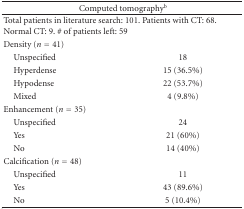
<table><thead><tr><td colspan="2"><b>Computed tomography<sup>b</sup></b></td></tr></thead><tbody><tr><td colspan="2">Total patients in literature search: 101. Patients with CT: 68. Normal CT: 9. # of patients left: 59</td></tr><tr><td>Density (<i>n</i> = 41)</td><td></td></tr><tr><td> Unspecified</td><td>18</td></tr><tr><td> Hyperdense</td><td>15 (36.5%)</td></tr><tr><td> Hypodense</td><td>22 (53.7%)</td></tr><tr><td> Mixed</td><td>4 (9.8%)</td></tr><tr><td>Enhancement (<i>n</i> = 35)</td><td></td></tr><tr><td> Unspecified</td><td>24</td></tr><tr><td> Yes</td><td>21 (60%)</td></tr><tr><td> No</td><td>14 (40%)</td></tr><tr><td>Calcification (<i>n</i> = 48)</td><td></td></tr><tr><td> Unspecified</td><td>11</td></tr><tr><td> Yes</td><td>43 (89.6%)</td></tr><tr><td> No</td><td>5 (10.4%)</td></tr></tbody></table>